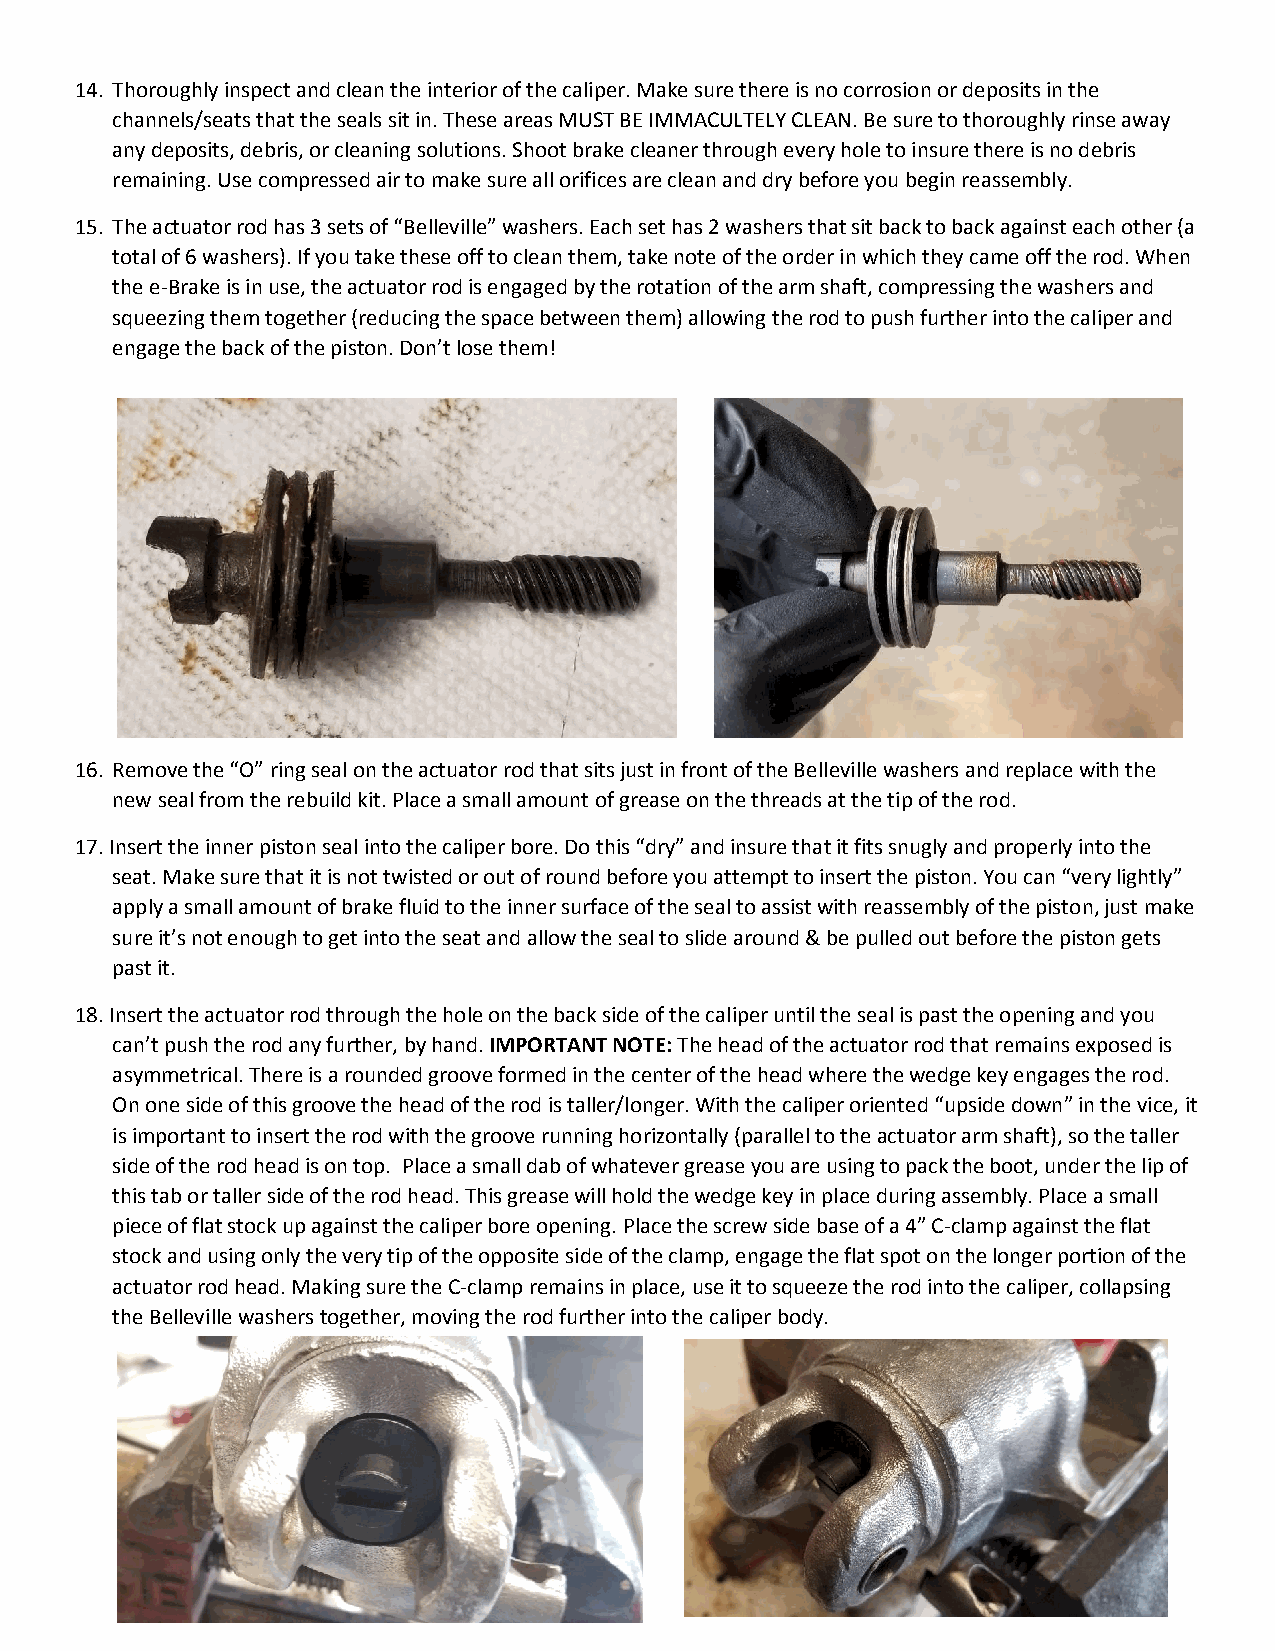
14. Thoroughly inspect and clean the interior of the caliper. Make sure there is no corrosion or deposits in the
 channels/seats that the seals sit in. These areas MUST BE IMMACULTELY CLEAN. Be sure to thoroughly rinse away
 any deposits, debris, or cleaning solutions. Shoot brake cleaner through every hole to insure there is no debris
 remaining. Use compressed air to make sure all orifices are clean and dry before you begin reassembly.
 15. The actuator rod has 3 sets of “Belleville” washers. Each set has 2 washers that sit back to back against each other (a
 total of 6 washers). If you take these off to clean them, take note of the order in which they came off the rod. When
 the e-Brake is in use, the actuator rod is engaged by the rotation of the arm shaft, compressing the washers and
 squeezing them together (reducing the space between them) allowing the rod to push further into the caliper and
 engage the back of the piston. Don’t lose them!
 16. Remove the “O” ring seal on the actuator rod that sits just in front of the Belleville washers and replace with the
 new seal from the rebuild kit. Place a small amount of grease on the threads at the tip of the rod.
 17. Insert the inner piston seal into the caliper bore. Do this “dry” and insure that it fits snugly and properly into the
 seat. Make sure that it is not twisted or out of round before you attempt to insert the piston. You can “very lightly”
 apply a small amount of brake fluid to the inner surface of the seal to assist with reassembly of the piston, just make
 sure it’s not enough to get into the seat and allow the seal to slide around & be pulled out before the piston gets
 past it.
 18. Insert the actuator rod through the hole on the back side of the caliper until the seal is past the opening and you
 can’t push the rod any further, by hand. IMPORTANT NOTE: The head of the actuator rod that remains exposed is
 asymmetrical. There is a rounded groove formed in the center of the head where the wedge key engages the rod.
 On one side of this groove the head of the rod is taller/longer. With the caliper oriented “upside down” in the vice, it
 is important to insert the rod with the groove running horizontally (parallel to the actuator arm shaft), so the taller
 side of the rod head is on top. Place a small dab of whatever grease you are using to pack the boot, under the lip of
 this tab or taller side of the rod head. This grease will hold the wedge key in place during assembly. Place a small
 piece of flat stock up against the caliper bore opening. Place the screw side base of a 4” C-clamp against the flat
 stock and using only the very tip of the opposite side of the clamp, engage the flat spot on the longer portion of the
 actuator rod head. Making sure the C-clamp remains in place, use it to squeeze the rod into the caliper, collapsing
 the Belleville washers together, moving the rod further into the caliper body.